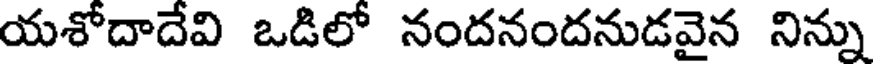
యశోదాదేవి ఒడిలో నందనందనుడవైన నిన్ను